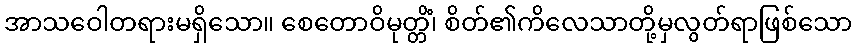
အာသဝေါတရားမရှိသော။ စေတောဝိမုတ္တိံ၊ စိတ်၏ကိလေသာတို့မှလွတ်ရာဖြစ်သော